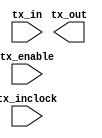
// megafunction wizard: %ALTLVDS_TX%VBB%
// GENERATION: STANDARD
// VERSION: WM1.0
// MODULE: ALTLVDS_TX 

// ============================================================
// Megafunction Name(s):
// 			ALTLVDS_TX
//
// Simulation Library Files(s):
// 			altera_mf
// ============================================================
// ************************************************************
// THIS IS A WIZARD-GENERATED FILE. DO NOT EDIT THIS FILE!
//
// 18.1.0 Build 625 09/12/2018 SJ Standard Edition
// ************************************************************

//Copyright (C) 2018  Intel Corporation. All rights reserved.
//Your use of Intel Corporation's design tools, logic functions 
//and other software and tools, and its AMPP partner logic 
//functions, and any output files from any of the foregoing 
//(including device programming or simulation files), and any 
//associated documentation or information are expressly subject 
//to the terms and conditions of the Intel Program License 
//Subscription Agreement, the Intel Quartus Prime License Agreement,
//the Intel FPGA IP License Agreement, or other applicable license
//agreement, including, without limitation, that your use is for
//the sole purpose of programming logic devices manufactured by
//Intel and sold by Intel or its authorized distributors.  Please
//refer to the applicable agreement for further details.

module oserdese (
	tx_enable,
	tx_in,
	tx_inclock,
	tx_out);

	input	  tx_enable;
	input	[39:0]  tx_in;
	input	  tx_inclock;
	output	[3:0]  tx_out;

endmodule

// ============================================================
// CNX file retrieval info
// ============================================================
// Retrieval info: LIBRARY: altera_mf altera_mf.altera_mf_components.all
// Retrieval info: PRIVATE: CNX_CLOCK_CHOICES STRING "tx_coreclock"
// Retrieval info: PRIVATE: CNX_CLOCK_MODE NUMERIC "0"
// Retrieval info: PRIVATE: CNX_COMMON_PLL NUMERIC "1"
// Retrieval info: PRIVATE: CNX_DATA_RATE STRING "1485.0"
// Retrieval info: PRIVATE: CNX_DESER_FACTOR NUMERIC "10"
// Retrieval info: PRIVATE: CNX_EXT_PLL STRING "ON"
// Retrieval info: PRIVATE: CNX_LE_SERDES STRING "OFF"
// Retrieval info: PRIVATE: CNX_NUM_CHANNEL NUMERIC "4"
// Retrieval info: PRIVATE: CNX_OUTCLOCK_DIVIDE_BY NUMERIC "1"
// Retrieval info: PRIVATE: CNX_PLL_ARESET NUMERIC "0"
// Retrieval info: PRIVATE: CNX_PLL_FREQ STRING "148.500000"
// Retrieval info: PRIVATE: CNX_PLL_PERIOD STRING "6.734"
// Retrieval info: PRIVATE: CNX_REG_INOUT NUMERIC "0"
// Retrieval info: PRIVATE: CNX_TX_CORECLOCK STRING "OFF"
// Retrieval info: PRIVATE: CNX_TX_LOCKED STRING "OFF"
// Retrieval info: PRIVATE: CNX_TX_OUTCLOCK STRING "OFF"
// Retrieval info: PRIVATE: CNX_USE_CLOCK_RESC STRING "Dual-Regional clock"
// Retrieval info: PRIVATE: CNX_USE_PLL_ENABLE NUMERIC "0"
// Retrieval info: PRIVATE: CNX_USE_TX_OUT_PHASE NUMERIC "1"
// Retrieval info: PRIVATE: INTENDED_DEVICE_FAMILY STRING "Cyclone V"
// Retrieval info: PRIVATE: pCNX_OUTCLK_ALIGN STRING "EDGE_ALIGNED"
// Retrieval info: PRIVATE: pINCLOCK_PHASE_SHIFT STRING "0.00"
// Retrieval info: PRIVATE: pOUTCLOCK_PHASE_SHIFT NUMERIC "0"
// Retrieval info: CONSTANT: CENTER_ALIGN_MSB STRING "UNUSED"
// Retrieval info: CONSTANT: COMMON_RX_TX_PLL STRING "ON"
// Retrieval info: CONSTANT: CORECLOCK_DIVIDE_BY NUMERIC "1"
// Retrieval info: CONSTANT: clk_src_is_pll STRING "off"
// Retrieval info: CONSTANT: DATA_RATE STRING "1485.0 Mbps"
// Retrieval info: CONSTANT: DESERIALIZATION_FACTOR NUMERIC "10"
// Retrieval info: CONSTANT: DIFFERENTIAL_DRIVE NUMERIC "0"
// Retrieval info: CONSTANT: ENABLE_CLOCK_PIN_MODE STRING "UNUSED"
// Retrieval info: CONSTANT: IMPLEMENT_IN_LES STRING "OFF"
// Retrieval info: CONSTANT: INCLOCK_BOOST NUMERIC "0"
// Retrieval info: CONSTANT: INCLOCK_DATA_ALIGNMENT STRING "EDGE_ALIGNED"
// Retrieval info: CONSTANT: INCLOCK_PERIOD NUMERIC "6734"
// Retrieval info: CONSTANT: INCLOCK_PHASE_SHIFT NUMERIC "0"
// Retrieval info: CONSTANT: INTENDED_DEVICE_FAMILY STRING "Cyclone V"
// Retrieval info: CONSTANT: LPM_HINT STRING "UNUSED"
// Retrieval info: CONSTANT: LPM_TYPE STRING "altlvds_tx"
// Retrieval info: CONSTANT: MULTI_CLOCK STRING "OFF"
// Retrieval info: CONSTANT: NUMBER_OF_CHANNELS NUMERIC "4"
// Retrieval info: CONSTANT: OUTCLOCK_ALIGNMENT STRING "EDGE_ALIGNED"
// Retrieval info: CONSTANT: OUTCLOCK_DIVIDE_BY NUMERIC "1"
// Retrieval info: CONSTANT: OUTCLOCK_DUTY_CYCLE NUMERIC "50"
// Retrieval info: CONSTANT: OUTCLOCK_MULTIPLY_BY NUMERIC "1"
// Retrieval info: CONSTANT: OUTCLOCK_PHASE_SHIFT NUMERIC "0"
// Retrieval info: CONSTANT: OUTCLOCK_RESOURCE STRING "Dual-Regional clock"
// Retrieval info: CONSTANT: OUTPUT_DATA_RATE NUMERIC "1485"
// Retrieval info: CONSTANT: PLL_COMPENSATION_MODE STRING "DIRECT"
// Retrieval info: CONSTANT: PLL_SELF_RESET_ON_LOSS_LOCK STRING "OFF"
// Retrieval info: CONSTANT: PREEMPHASIS_SETTING NUMERIC "0"
// Retrieval info: CONSTANT: REFCLK_FREQUENCY STRING "148.500000 MHz"
// Retrieval info: CONSTANT: REGISTERED_INPUT STRING "OFF"
// Retrieval info: CONSTANT: USE_EXTERNAL_PLL STRING "ON"
// Retrieval info: CONSTANT: USE_NO_PHASE_SHIFT STRING "ON"
// Retrieval info: CONSTANT: VOD_SETTING NUMERIC "0"
// Retrieval info: USED_PORT: tx_enable 0 0 0 0 INPUT NODEFVAL "tx_enable"
// Retrieval info: CONNECT: @tx_enable 0 0 0 0 tx_enable 0 0 0 0
// Retrieval info: USED_PORT: tx_in 0 0 40 0 INPUT NODEFVAL "tx_in[39..0]"
// Retrieval info: CONNECT: @tx_in 0 0 40 0 tx_in 0 0 40 0
// Retrieval info: USED_PORT: tx_inclock 0 0 0 0 INPUT NODEFVAL "tx_inclock"
// Retrieval info: CONNECT: @tx_inclock 0 0 0 0 tx_inclock 0 0 0 0
// Retrieval info: USED_PORT: tx_out 0 0 4 0 OUTPUT NODEFVAL "tx_out[3..0]"
// Retrieval info: CONNECT: tx_out 0 0 4 0 @tx_out 0 0 4 0
// Retrieval info: GEN_FILE: TYPE_NORMAL oserdese.v TRUE FALSE
// Retrieval info: GEN_FILE: TYPE_NORMAL oserdese.qip TRUE FALSE
// Retrieval info: GEN_FILE: TYPE_NORMAL oserdese.bsf TRUE TRUE
// Retrieval info: GEN_FILE: TYPE_NORMAL oserdese_inst.v TRUE TRUE
// Retrieval info: GEN_FILE: TYPE_NORMAL oserdese_bb.v TRUE TRUE
// Retrieval info: GEN_FILE: TYPE_NORMAL oserdese.inc TRUE TRUE
// Retrieval info: GEN_FILE: TYPE_NORMAL oserdese.cmp TRUE TRUE
// Retrieval info: GEN_FILE: TYPE_NORMAL oserdese.ppf TRUE FALSE
// Retrieval info: LIB_FILE: altera_mf
// Retrieval info: CBX_MODULE_PREFIX: ON